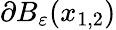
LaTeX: \partial B_{\varepsilon}(x_{1,2})